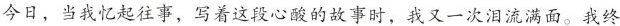
今日，当我忆起往事，写着这段心酸的故事时，我又一次泪流满面。我终